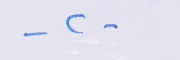
-٢-